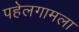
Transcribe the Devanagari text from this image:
पहेलगामला